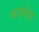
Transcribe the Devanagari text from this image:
बदनेस